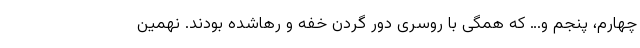
چهارم، پنجم و… که همگی با روسری دور گردن خفه و رهاشده بودند. نهمین